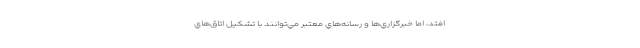
‌افتد، اما خبرگزاري‌ها و رسانه‌هاي معتبر مي‌توانند با تشكيل اتاق‌هاي